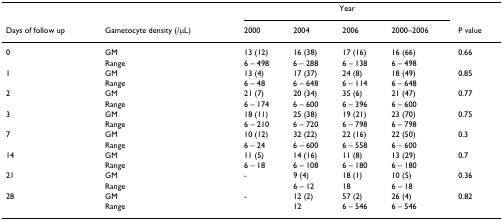
|  |  | <COLSPAN=4> Year |  |
 | Days of follow up | Gametocyte density (/μL) | 2000 | 2004 | 2006 | 2000–2006 | P value |
 | --- | --- | --- | --- | --- | --- | --- |
 | 0 | GM | 13 (12) | 16 (38) | 17 (16) | 16 (66) | 0.66 |
 |  | Range | 6 – 498 | 6 – 288 | 6 – 138 | 6 – 498 |  |
 | 1 | GM | 13 (4) | 17 (37) | 24 (8) | 18 (49) | 0.85 |
 |  | Range | 6 – 48 | 6 – 648 | 6 – 114 | 6 – 648 |  |
 | 2 | GM | 21 (7) | 20 (34) | 35 (6) | 21 (47) | 0.77 |
 |  | Range | 6 – 174 | 6 – 600 | 6 – 396 | 6 – 600 |  |
 | 3 | GM | 18 (11) | 25 (38) | 19 (21) | 23 (70) | 0.75 |
 |  | Range | 6 – 210 | 6 – 720 | 6 – 798 | 6 – 798 |  |
 | 7 | GM | 10 (12) | 32 (22) | 22 (16) | 22 (50) | 0.3 |
 |  | Range | 6 – 24 | 6 – 600 | 6 – 558 | 6 – 600 |  |
 | 14 | GM | 11 (5) | 14 (16) | 11 (8) | 13 (29) | 0.7 |
 |  | Range | 6 – 18 | 6 – 108 | 6 – 180 | 6 – 180 |  |
 | 21 | GM | - | 9 (4) | 18 (1) | 10 (5) | 0.36 |
 |  | Range |  | 6 – 12 | 18 | 6 – 18 |  |
 | 28 | GM | - | 12 (2) | 57 (2) | 26 (4) | 0.82 |
 |  | Range |  | 12 | 6 – 546 | 6 – 546 |  |